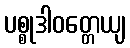
ပစ္စုဒါဝတ္တေယျ